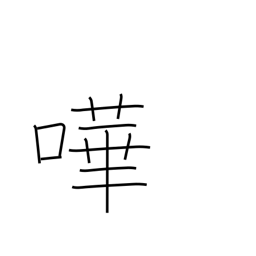
Meaning: noisy